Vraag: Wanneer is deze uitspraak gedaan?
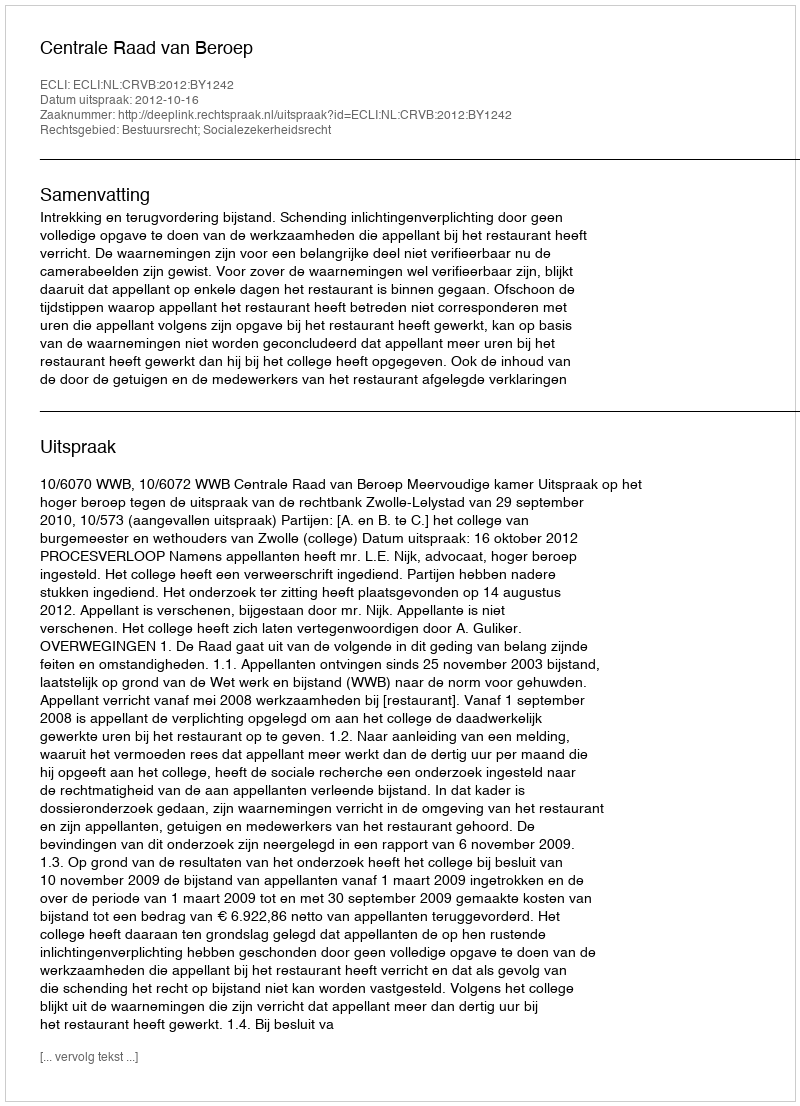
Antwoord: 2012-10-16